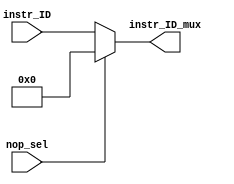
module nop_mux
(
    input [31:0] instr_ID,
    input nop_sel,
    output [31:0] instr_ID_mux
);

assign instr_ID_mux = (nop_sel) ? 32'd0 : instr_ID;

endmodule